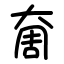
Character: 奝